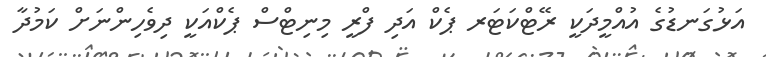
އަޅުގަނޑުގެ އުއްމީދަކީ ރޭޓްކަޓަރ ޕެކް އަދި ފްރީ މިނިޓްސް ޕެކްއަކީ ދިވެހިންނަށް ކަމުދާ